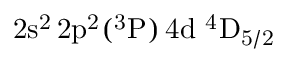
\mathrm { 2 s ^ { 2 } \, 2 p ^ { 2 } ( ^ { 3 } P ) \, 4 d ~ ^ { 4 } D _ { 5 / 2 } }